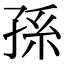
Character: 孫